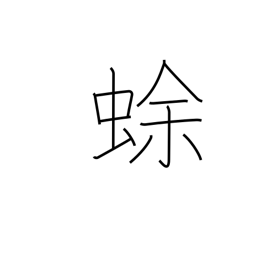
Meaning: toad